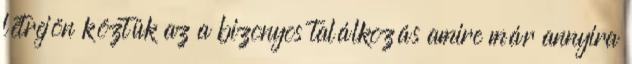
létrejön köztük az a bizonyos találkozás amire már annyira